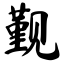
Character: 觐